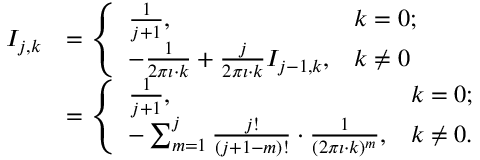
{ \begin{array} { r l } { I _ { j , k } } & { = { \left\{ \begin{array} { l l } { { \frac { 1 } { j + 1 } } , } & { k = 0 ; } \\ { - { \frac { 1 } { 2 \pi \imath \cdot k } } + { \frac { j } { 2 \pi \imath \cdot k } } I _ { j - 1 , k } , } & { k \neq 0 } \end{array} \right. } } \\ & { = { \left\{ \begin{array} { l l } { { \frac { 1 } { j + 1 } } , } & { k = 0 ; } \\ { - \sum _ { m = 1 } ^ { j } { \frac { j ! } { ( j + 1 - m ) ! } } \cdot { \frac { 1 } { ( 2 \pi \imath \cdot k ) ^ { m } } } , } & { k \neq 0 . } \end{array} \right. } } \end{array} }